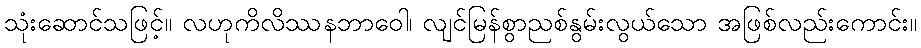
သုံးဆောင်သဖြင့်။ လဟုကိလိဿနဘာဝေါ၊ လျင်မြန်စွာညစ်နွမ်းလွယ်သော အဖြစ်လည်းကောင်း။